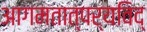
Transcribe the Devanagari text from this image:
आगमतात्पर्यविद्